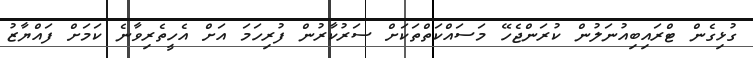
ގުޅިގެން ޓްރައިބިއުނަލުން ކުރަންޖެހޭ މަސައްކަތްތަކަށް ސަރުކާރުން ފުރިހަމަ އަށް އެހީތެރިވާނެ ކަމަށް ފައްޔާޒު